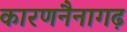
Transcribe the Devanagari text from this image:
कारणनैनागढ़